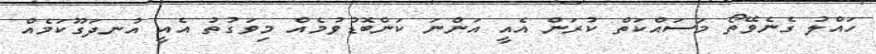
ހައްލު ގެނެވޭތޯ މަސައްކަތް ކުރަން އެއީ އަންނަ ކަންބޮޑުވުމެއް މިވަގުތު އެއީ އުނދަގޫކަމެއް